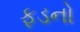
ફૂડનો